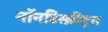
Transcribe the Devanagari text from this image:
नॉनडिस्क्रीप्ट्स